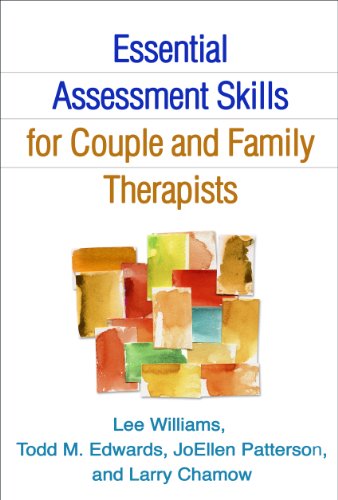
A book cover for Essential Assessment Skills for Couple and Family Therapists (Guilford Family Therapy); Lee Williams PhD  LMFT; Christian Books & Bibles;